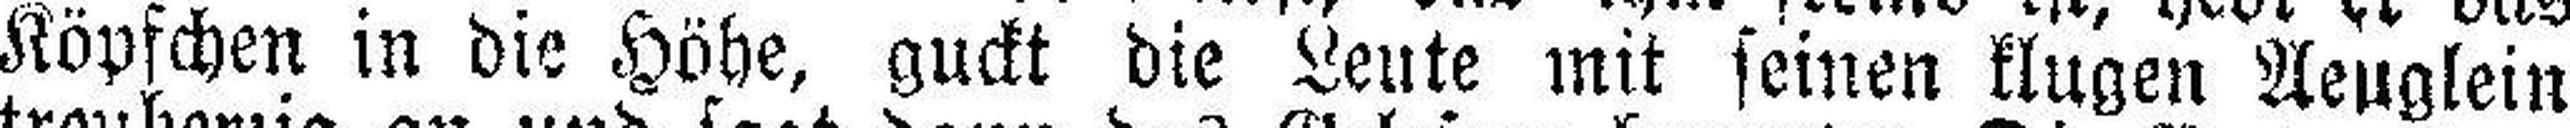
Köpfchen in die Höhe, guckt die Leute mit seinen klugen Aeuglein